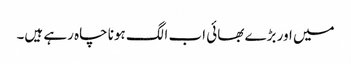
میں اور بڑے بھائی اب الگ ہونا چاہ رہے ہیں۔